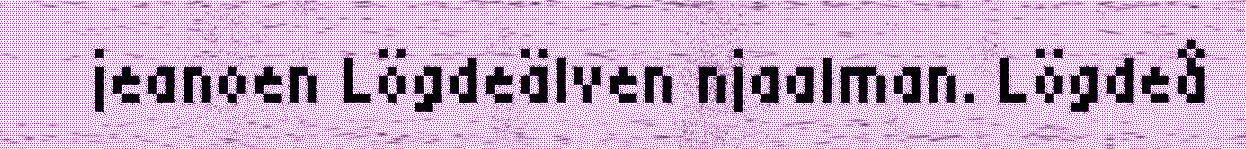
jeanoen Lögdeälven njaalman. Lögdeå